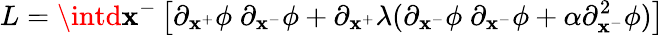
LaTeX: L=\intd\mathbf{x}^{-}\left[\partial_{\mathbf{x}^{+}}\phi\; \partial_{\mathbf{x}^{-}}\phi+\partial_{\mathbf{x}^{+}}\lambda(\partial_{\mathbf{x}^{-}}\phi\; \partial_{\mathbf{x}^{-}}\phi+\alpha\partial_{\mathbf{x}^{-}}^{2}\phi)\right]